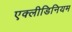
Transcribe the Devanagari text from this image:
एक्लीडिनियम